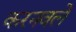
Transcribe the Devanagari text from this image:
करनवले